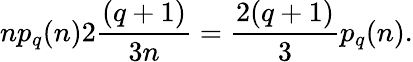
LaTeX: np_{q}(n)2\frac{(q+1)}{3n}=\frac{2(q+1)}{3}p_{q}(n).